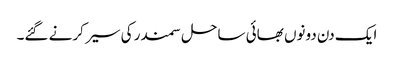
ایک دن دونوں بھائی ساحل سمندر کی سیر کرنے گئے۔